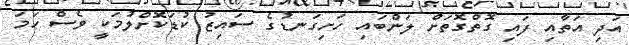
އަދި އަތާއި ފައި ގޮތްގޮތަށް ލަންބައި ހަށިގަނޑުގެ ސައިޒު ކުޑަކޮށްލުމަކީ ވެސް ހަމަ